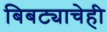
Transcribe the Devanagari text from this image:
बिबट्याचेही